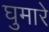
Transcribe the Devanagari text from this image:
घुमारे